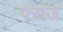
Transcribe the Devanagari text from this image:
फ्ऱांज